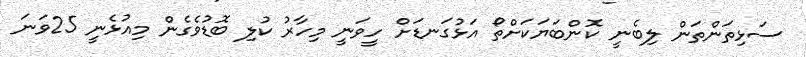
ސަޅިތަންތަން ލިބެނީ ކޮންބަޔަކަށްތޯ އަޅުގަނޑަށް ހީވަނީ މިހާރު ކުލި ބޮޑުވެގެން މިއުޅެނީ 25ވަނަ